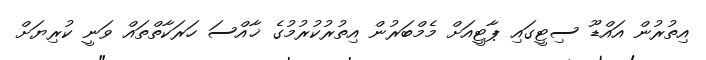
އިތުރުން އައްޑޫ ސިޓީގައި ޕާޓީއަށް މެމްބަރުން އިތުރުކުރުމުގެ ޚާއްސަ ހަރަކާތްތައް ވަނީ ކުރިޔަށް